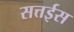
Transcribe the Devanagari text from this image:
सत्तईस